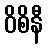
ဝိစိနီ